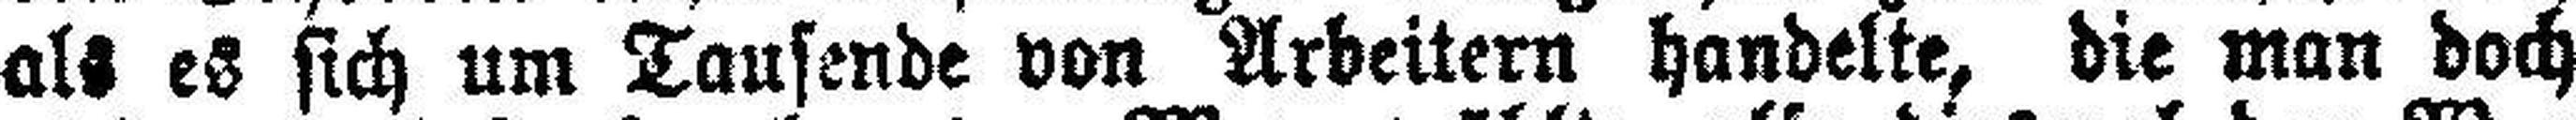
als es sich um Tausende von Arbeitern handelte, die man doch